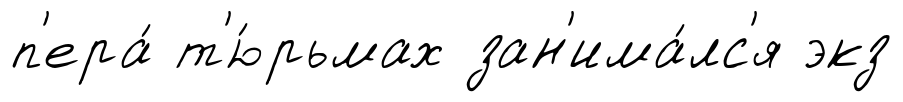
п'ера́ т'ю́рьмах зан'има́лс'я экз